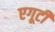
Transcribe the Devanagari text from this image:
एगूटी